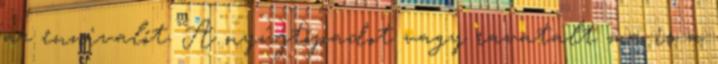
az ennivalót. A nyújtópadot vagy ravatalt ma is a